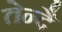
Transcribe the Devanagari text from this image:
तेन्दै